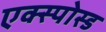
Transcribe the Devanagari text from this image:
एक्स्पोस्ड